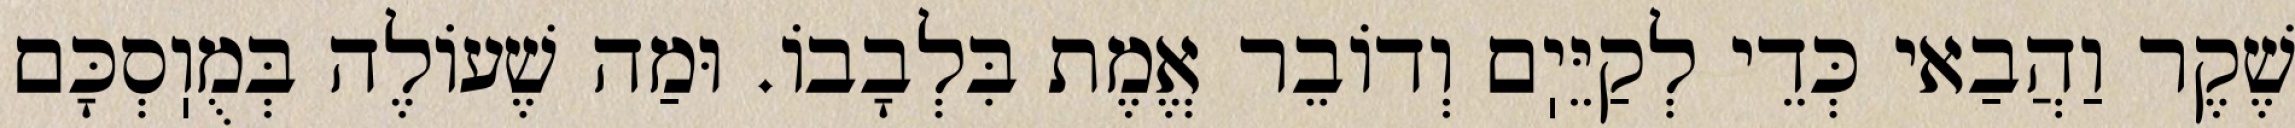
שֶׁקֶר וַהֲבַאי כְּדֵי לְקַיֵּיֽם וְדוֹבֵר אֱמֶת בִּלְבָבוֹ. וּמַה שֶׁעוֹלֶה בְּמֻוֽסְכָּם